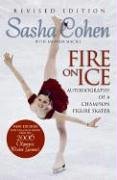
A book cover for Sasha Cohen: Fire on Ice (Revised Edition): Autobiography of a Champion Figure Skater; Sasha Cohen; Children's Books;